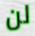
لن